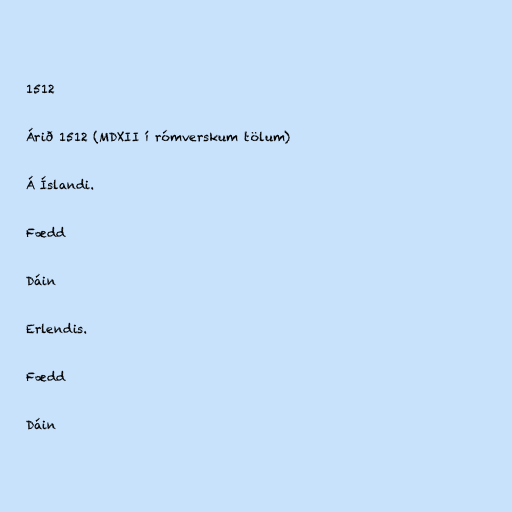
1512

Árið 1512 (MDXII í rómverskum tölum)

Á Íslandi.

Fædd

Dáin

Erlendis.

Fædd

Dáin